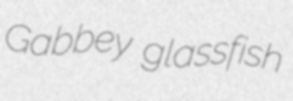
Gabbey glassfish